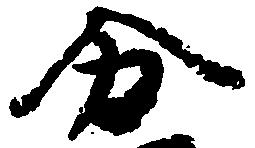
分